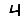
Digit: 4